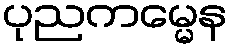
ပုညကမ္မေန